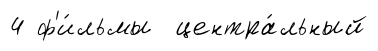
4 ф'и́льмы центра́льный